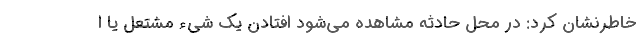
خاطرنشان کرد: در محل حادثه مشاهده می‌شود افتادن یک شیء مشتعل یا ا